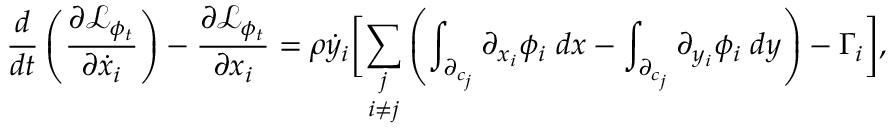
\frac { d } { d t } \left( \frac { \partial \mathcal { L } _ { \phi _ { t } } } { \partial \dot { x } _ { i } } \right) - \frac { \partial \mathcal { L } _ { \phi _ { t } } } { \partial x _ { i } } = \rho \dot { y } _ { i } \biggr [ \underset { i \neq j } { \sum _ { j } } \left( \int _ { \partial _ { c _ { j } } } \partial _ { x _ { i } } \phi _ { i } \; d x - \int _ { \partial _ { c _ { j } } } \partial _ { y _ { i } } \phi _ { i } \; d y \right) - \Gamma _ { i } \biggr ] ,